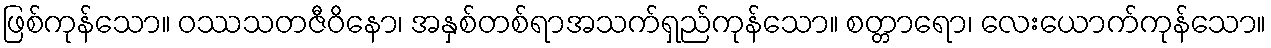
ဖြစ်ကုန်သော။ ဝဿသတဇီဝိနော၊ အနှစ်တစ်ရာအသက်ရှည်ကုန်သော။ စတ္တာရော၊ လေးယောက်ကုန်သော။